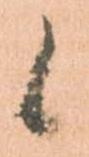
候